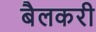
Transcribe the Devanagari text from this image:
बैलकरी